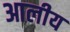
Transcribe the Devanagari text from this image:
आलीय